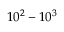
1 0 ^ { 2 } - 1 0 ^ { 3 }